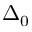
\Delta _ { 0 }